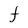
Character: f